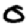
Digit: 0